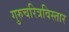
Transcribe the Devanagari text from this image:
गुरुचरित्रविस्तार